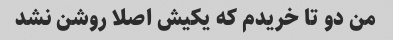
من دو تا خریدم که یکیش اصلا روشن نشد